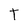
Character: T